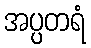
အပ္ပတရံ